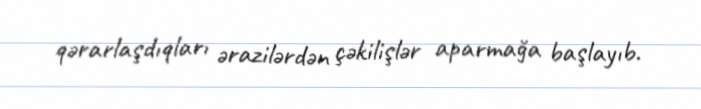
qərarlaşdıqları ərazilərdən çəkilişlər aparmağa başlayıb.